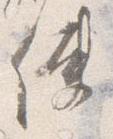
使